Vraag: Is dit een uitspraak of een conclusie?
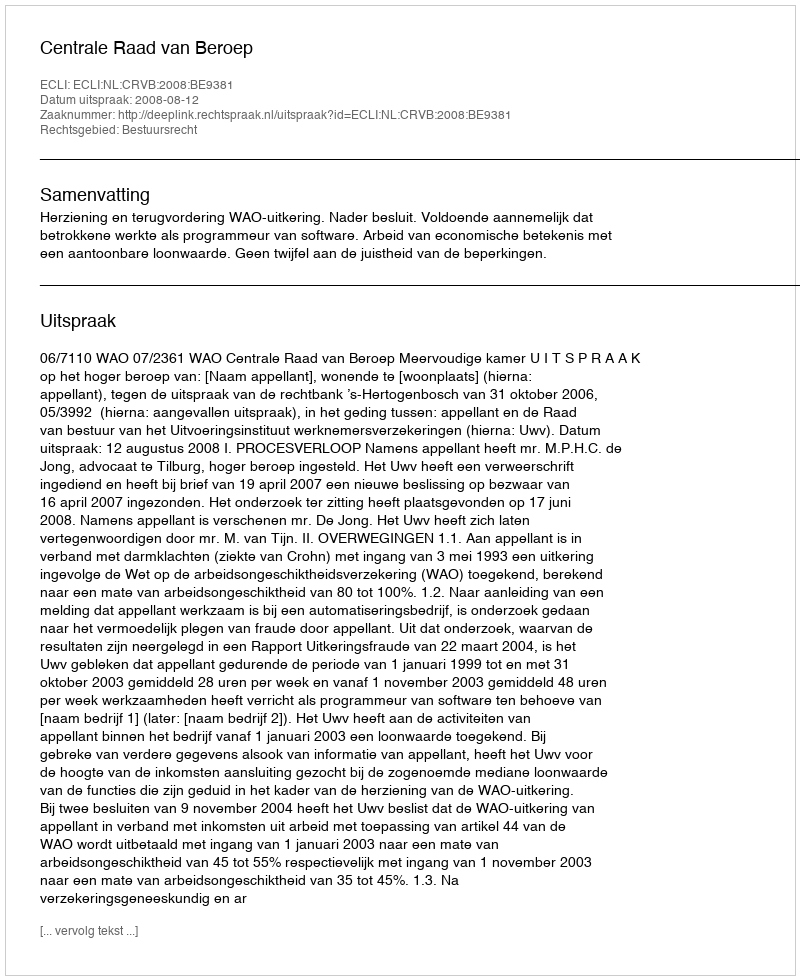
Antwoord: Uitspraak